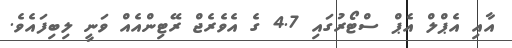
އާއި އެޕްލް އެޕް ސްޓޯރުގައި 4.7 ގެ އެވެރެޖް ރޭޓިންއެއް ވަނީ ލިބިފައެވެ.